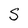
Character: S